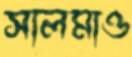
সালমাও